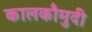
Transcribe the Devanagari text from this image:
कालकौमुदी